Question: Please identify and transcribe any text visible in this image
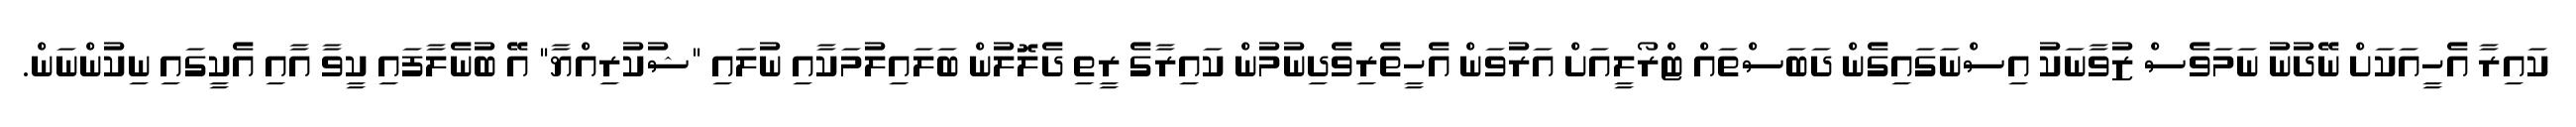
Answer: ކައިރާ އެހީއަކަށް ނޭދުނު ނަމަވެސް ޒުވާނަކު އިސްނަގައިގެން ދަބަސްތައް ޓްރޯލީއަށް އަރުވަން އެހީތެރިވެދިނުމުން ކައިރާގެ ރީތި ދެލޮލުން ބަލައިލުމަކާއި ނުލައި "ޝުކުރިއްޔާ" އޭ ބުނެލާފައި ކީވާ އާއި އެކީގައި ނިކުންނަން.